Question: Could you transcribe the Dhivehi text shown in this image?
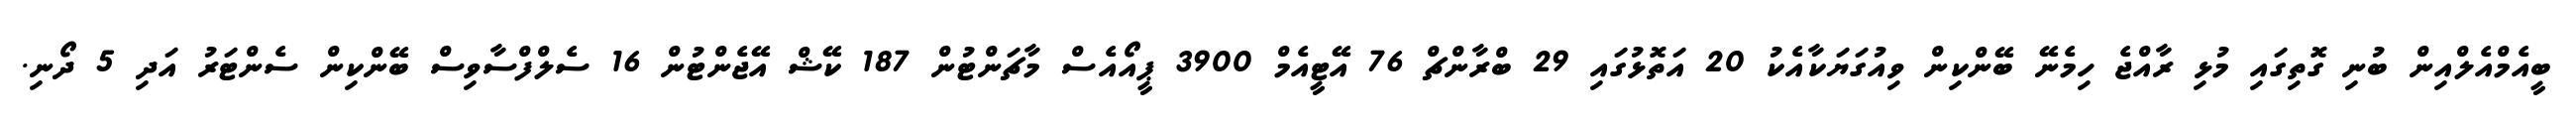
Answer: ބީއެމްއެލްއިން ބުނި ގޮތިގައި މުޅި ރާއްޖެ ހިމެނޭ ބޭންކިން ވިއުގަޔަކާއެކު 20 އަތޮޅުގައި 29 ބްރާންޗް 76 އޭޓީއެމް 3900 ޕީއޯއެސް މާޗަންޓުން 187 ކޭޝް އޭޖެންޓުން 16 ސެލްފްސާވިސް ބޭންކިން ސެންޓަރު އަދި 5 ދޯނި.